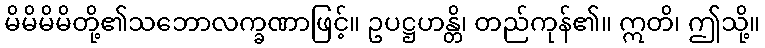
မိမိမိမိတို့၏သဘောလက္ခဏာဖြင့်။ ဥပဋ္ဌဟန္တိ၊ တည်ကုန်၏။ ဣတိ၊ ဤသို့။